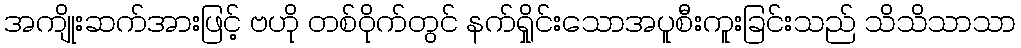
အကျိုးဆက်အားဖြင့် ဗဟို တစ်ဝိုက်တွင် နက်ရှိုင်းသောအပူစီးကူးခြင်းသည် သိသိသာသာ